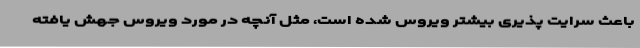
باعث سرایت پذیری بیشتر ویروس شده است، مثل آنچه در مورد ویروس جهش یافته